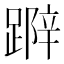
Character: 𨃛